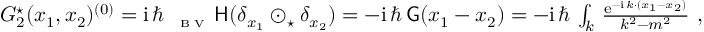
\begin{array} { r } { G _ { 2 } ^ { \star } ( x _ { 1 } , x _ { 2 } ) ^ { ( 0 ) } = { \mathrm { i } } \, \hbar \, { \mathsf \Delta } _ { \textrm { \tiny B V } } \, \mathsf { H } ( \delta _ { x _ { 1 } } \odot _ { \star } \delta _ { x _ { 2 } } ) = - { \mathrm { i } } \, \hbar \, \mathsf { G } ( x _ { 1 } - x _ { 2 } ) = - { \mathrm { i } } \, \hbar \, \int _ { k } \, \frac { { \mathrm { e } } ^ { - { \mathrm { i } } \, k \cdot ( x _ { 1 } - x _ { 2 } ) } } { k ^ { 2 } - m ^ { 2 } } \ , } \end{array}